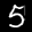
Label: 5